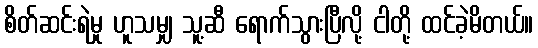
စိတ်ဆင်းရဲမှု ဟူသမျှ သူ့ဆီ ရောက်သွားပြီလို့ ငါတို့ ထင်ခဲ့မိတယ်။